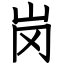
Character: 岗